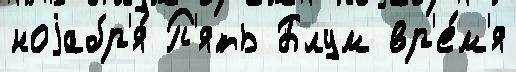
ноjабр'я́ П'ять Блум вр'е́м'я